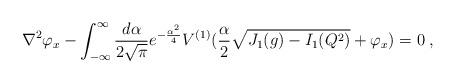
LaTeX: \begin{align*}\nabla^2\varphi_x- \int^\infty_{-\infty} {\frac {d\alpha}{2\sqrt{\pi}}} e^{-{\frac {\alpha^2}{4}}} V^{(1)}({\frac {\alpha}{2}} \sqrt{J_1(g)-I_1 (Q^2)}+\varphi_x)=0 \;,\end{align*}